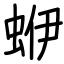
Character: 蛜